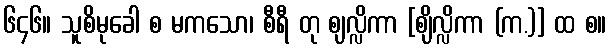
၆၄၆။ သူစိမုခေါ စ မကသော၊ စီရီ တု ဈလ္လိကာ [ဈိလ္လိကာ (က.)] ထ စ။